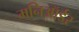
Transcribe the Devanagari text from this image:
मनिऑर्डर